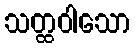
သတ္ထဝါသော